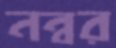
নন্বর